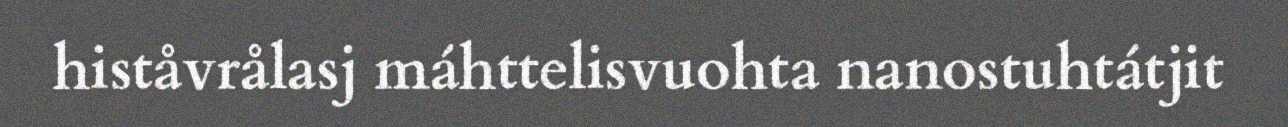
histåvrålasj máhttelisvuohta nanostuhtátjit